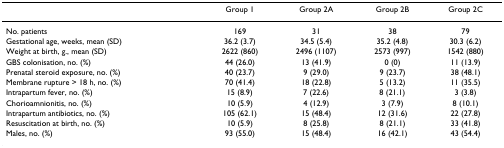
<table><thead><tr><td></td><td><b>Group 1</b></td><td><b>Group 2A</b></td><td><b>Group 2B</b></td><td><b>Group 2C</b></td></tr></thead><tbody><tr><td>No. patients</td><td>169</td><td>31</td><td>38</td><td>79</td></tr><tr><td>Gestational age, weeks, mean (SD)</td><td>36.2 (3.7)</td><td>34.5 (5.4)</td><td>35.2 (4.8)</td><td>30.3 (6.2)</td></tr><tr><td>Weight at birth, g., mean (SD)</td><td>2622 (860)</td><td>2496 (1107)</td><td>2573 (997)</td><td>1542 (880)</td></tr><tr><td>GBS colonisation, no. (%)</td><td>44 (26.0)</td><td>13 (41.9)</td><td>0 (0)</td><td>11 (13.9)</td></tr><tr><td>Prenatal steroid exposure, no. (%)</td><td>40 (23.7)</td><td>9 (29.0)</td><td>9 (23.7)</td><td>38 (48.1)</td></tr><tr><td>Membrane rupture &gt; 18 h, no. (%)</td><td>70 (41.4)</td><td>18 (22.8)</td><td>5 (13.2)</td><td>11 (35.5)</td></tr><tr><td>Intrapartum fever, no. (%)</td><td>15 (8.9)</td><td>7 (22.6)</td><td>8 (21.1)</td><td>3 (3.8)</td></tr><tr><td>Chorioamnionitis, no. (%)</td><td>10 (5.9)</td><td>4 (12.9)</td><td>3 (7.9)</td><td>8 (10.1)</td></tr><tr><td>Intrapartum antibiotics, no. (%)</td><td>105 (62.1)</td><td>15 (48.4)</td><td>12 (31.6)</td><td>22 (27.8)</td></tr><tr><td>Resuscitation at birth, no. (%)</td><td>10 (5.9)</td><td>8 (25.8)</td><td>8 (21.1)</td><td>33 (41.8)</td></tr><tr><td>Males, no. (%)</td><td>93 (55.0)</td><td>15 (48.4)</td><td>16 (42.1)</td><td>43 (54.4)</td></tr></tbody></table>